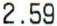
2.59